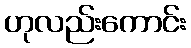
ဟုလည်းကောင်း